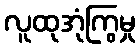
လူထုအုံကြွမှု